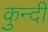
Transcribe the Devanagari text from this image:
कुन्दी